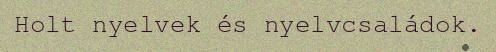
Holt nyelvek és nyelvcsaládok.